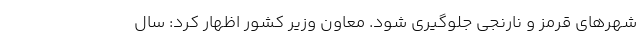
شهر‌های قرمز و نارنجی جلوگیری شود. معاون وزیر کشور اظهار کرد: سال